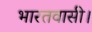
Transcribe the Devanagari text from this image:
भारतवासी।